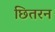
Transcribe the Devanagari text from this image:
छितरन